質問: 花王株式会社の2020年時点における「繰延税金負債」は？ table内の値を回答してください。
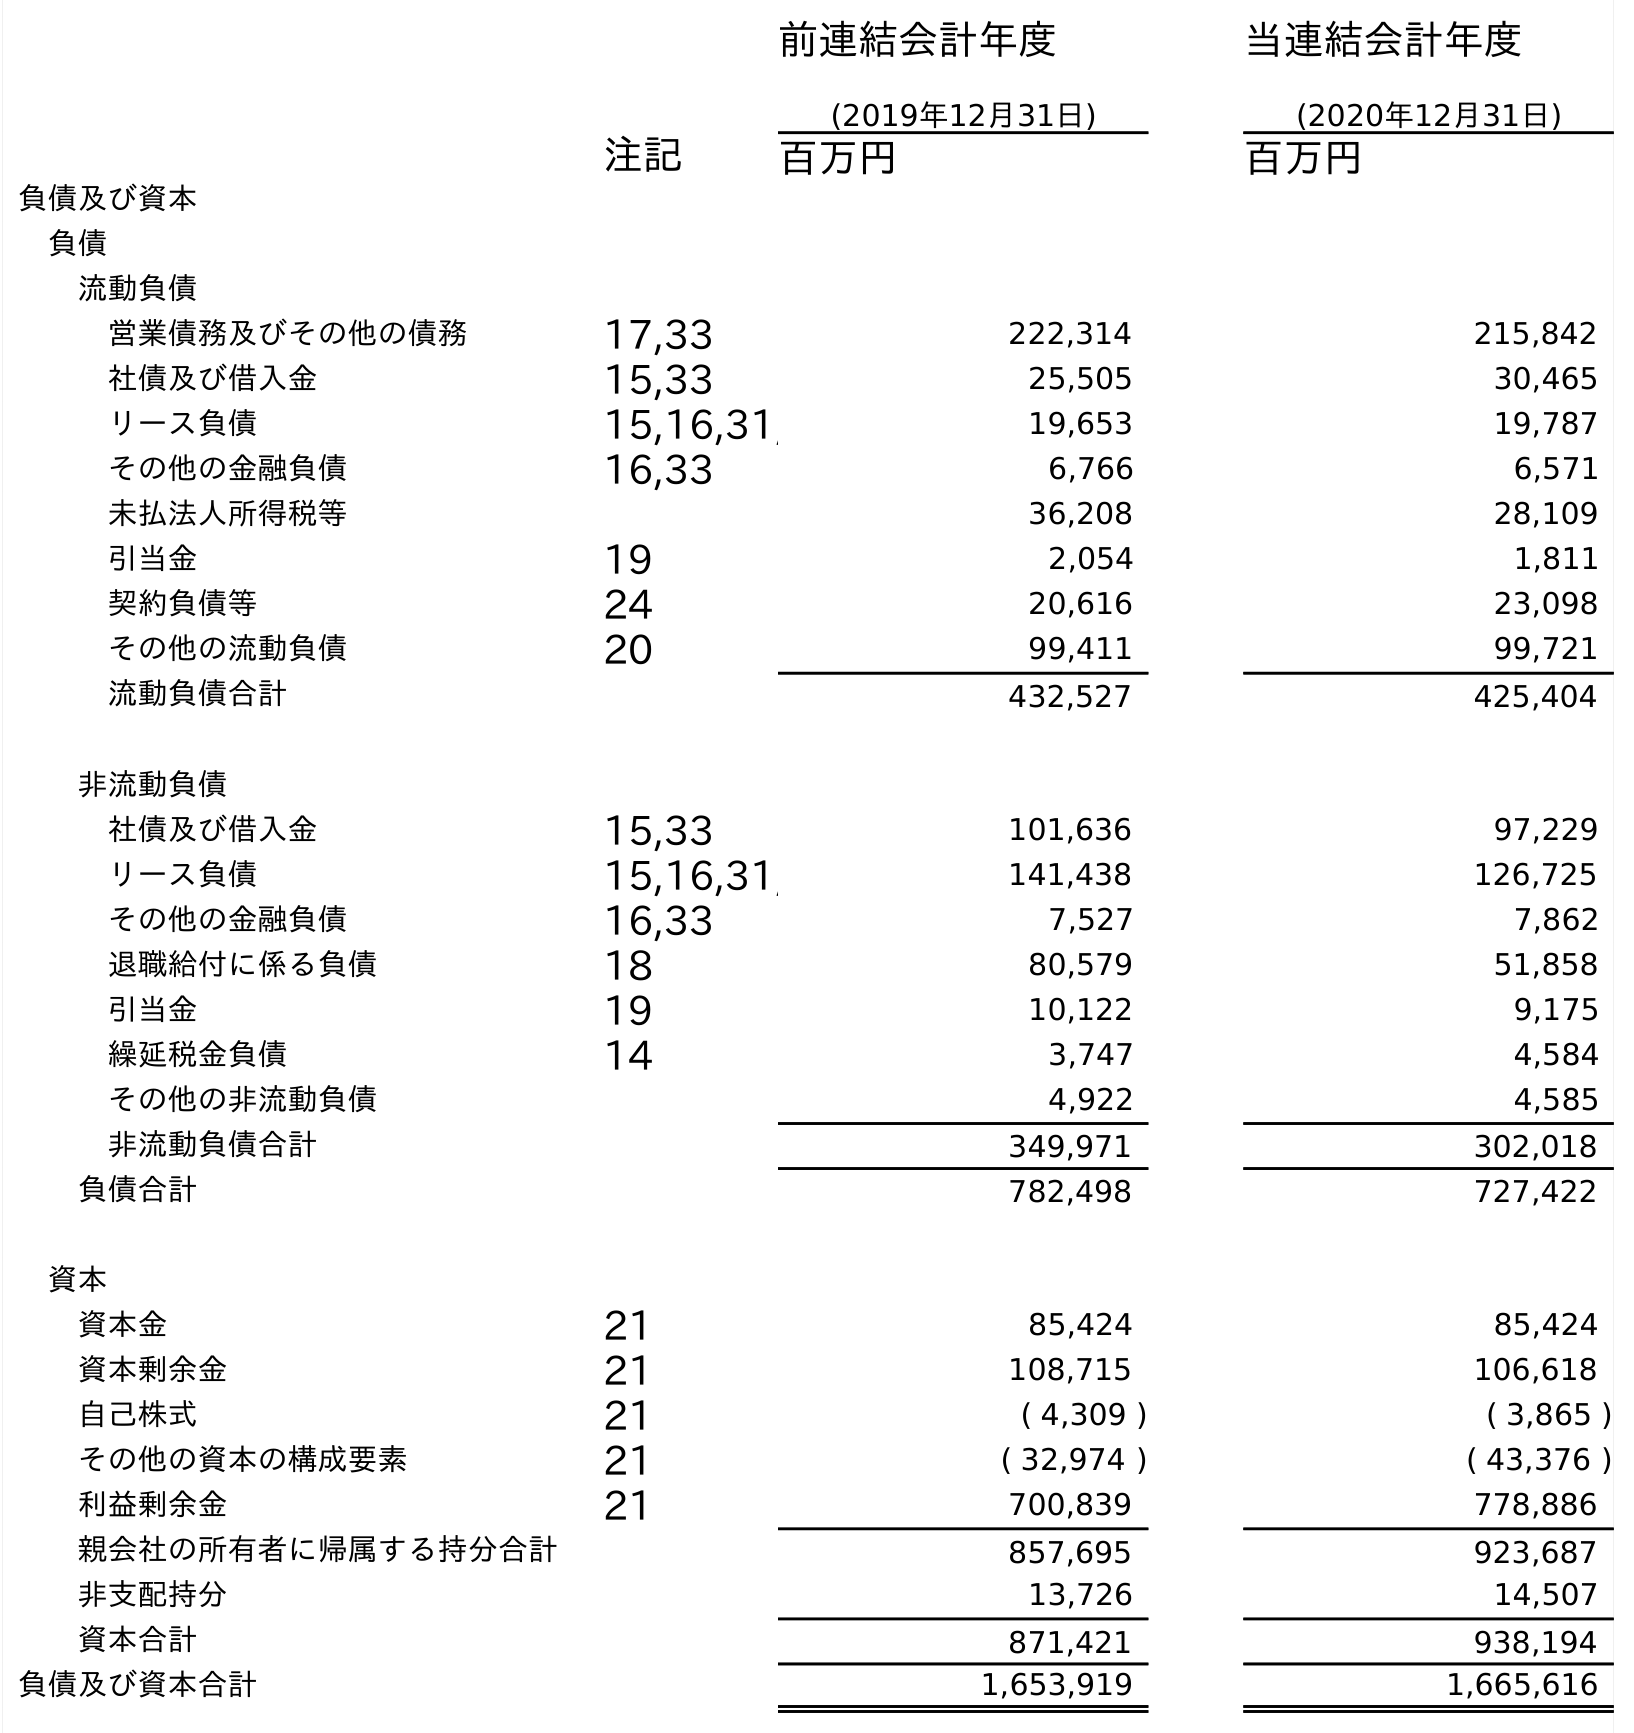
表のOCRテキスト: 前連結会計年度 (2019年12月31日) 当連結会計年度 (2020年12月31日) 注記 百万円 百万円 負債及び資本 負債 流動負債 営業債務及びその他の債務 17,33 222,314 215,842 社債及び借入金 15,33 25,505 30,465 リース負債 15,16,31, 19,653 19,787 その他の金融負債 16,33 6,766 6,571 未払法人所得税等 36,208 28,109 引当金 19 2,054 1,811 契約負債等 24 20,616 23,098 その他の流動負債 20 99,411 99,721 流動負債合計 432,527 425,404 非流動負債 社債及び借入金 15,33 101,636 97,229 リース負債 15,16,31, 141,438 126,725 その他の金融負債 16,33 7,527 7,862 退職給付に係る負債 18 80,579 51,858 引当金 19 10,122 9,175 繰延税金負債 14 3,747 4,584 その他の非流動負債 4,922 4,585 非流動負債合計 349,971 302,018 負債合計 782,498 727,422 資本 資本金 21 85,424 85,424 資本剰余金 21 108,715 106,618 自己株式 21 ( 4,309 ) ( 3,865 ) その他の資本の構成要素 21 ( 32,974 ) ( 43,376 ) 利益剰余金 21 700,839 778,886 親会社の所有者に帰属する持分合計 857,695 923,687 非支配持分 13,726 14,507 資本合計 871,421 938,194 負債及び資本合計 1,653,919 1,665,616
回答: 4,584